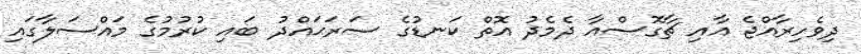
ދިވެހިރާއްޖެ އާއި ޗާގޮސްއާ ދެމެދު އޮތް ކަނޑުގެ ސަރަޙައްދު ބައި ކުރުމުގެ މައްސަލާގައި